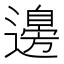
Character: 𮟗